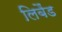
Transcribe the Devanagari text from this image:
लिबैंड